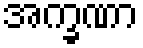
အက္ခဏာ